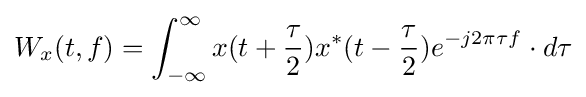
W_{x}(t,f)=\int _{-\infty }^{\infty }x(t+{\frac {\tau }{2}})x^{*}(t-{\frac {\tau }{2}})e^{-j2\pi \tau f}\cdot d\tau